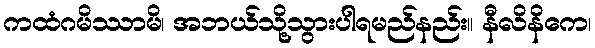
ကထံဂမိဿာမိ၊ အဘယ်သို့သွားပါရမည်နည်း။ နီလိနိကေ၊